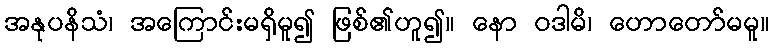
အနုပနိသံ၊ အကြောင်းမရှိမူ၍ ဖြစ်၏ဟူ၍။ နော ဝဒါမိ၊ ဟောတော်မမူ။